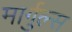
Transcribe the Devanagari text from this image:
मार्गुल्स